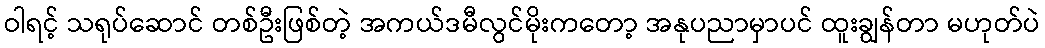
ဝါရင့် သရုပ်ဆောင် တစ်ဦးဖြစ်တဲ့ အကယ်ဒမီလွင်မိုးကတော့ အနုပညာမှာပင် ထူးချွန်တာ မဟုတ်ပဲ